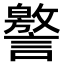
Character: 譥